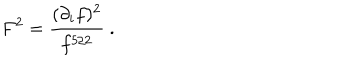
F ^ { 2 } = { \frac { ( \partial _ { i } f ) ^ { 2 } } { f ^ { 5 / 2 } } } \ .